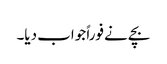
بچے نے فوراً جواب دیا۔